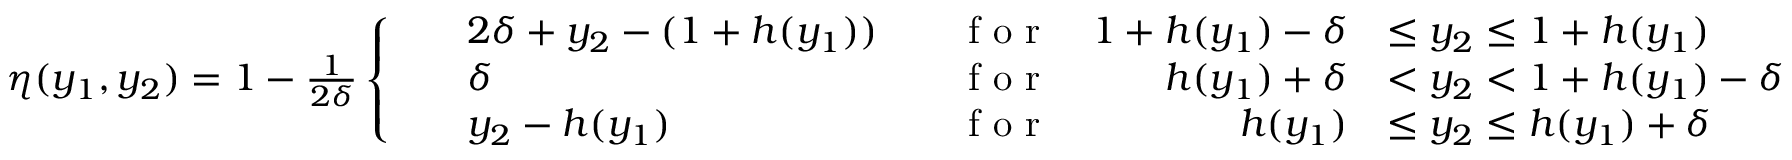
\begin{array} { r } { \eta ( y _ { 1 } , y _ { 2 } ) = 1 - \frac { 1 } { 2 \delta } \left\{ \begin{array} { l l } { \begin{array} { r l r l r l } & { 2 \delta + y _ { 2 } - ( 1 + h ( y _ { 1 } ) ) } & & { \textnormal { f o r } } & { 1 + h ( y _ { 1 } ) - \delta } & { \leq y _ { 2 } \leq 1 + h ( y _ { 1 } ) } \\ & { \delta } & & { \textnormal { f o r } } & { h ( y _ { 1 } ) + \delta } & { < y _ { 2 } < 1 + h ( y _ { 1 } ) - \delta } \\ & { y _ { 2 } - h ( y _ { 1 } ) } & & { \textnormal { f o r } } & { h ( y _ { 1 } ) } & { \leq y _ { 2 } \leq h ( y _ { 1 } ) + \delta } \end{array} } \end{array} \right. } \end{array}